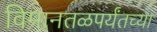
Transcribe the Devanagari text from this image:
विमानतळपर्यंतच्या